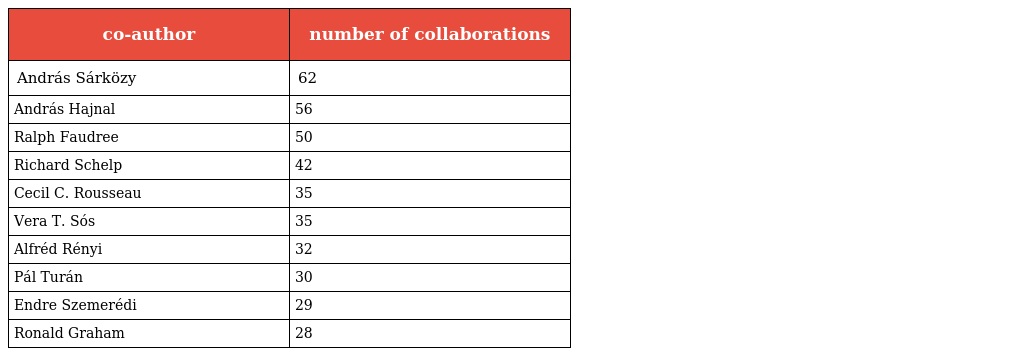
| co-author | number of collaborations |
 | --- | --- |
 | András Sárközy | 62 |
 | András Hajnal | 56 |
 | Ralph Faudree | 50 |
 | Richard Schelp | 42 |
 | Cecil C. Rousseau | 35 |
 | Vera T. Sós | 35 |
 | Alfréd Rényi | 32 |
 | Pál Turán | 30 |
 | Endre Szemerédi | 29 |
 | Ronald Graham | 28 |